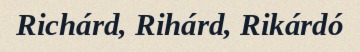
Richárd, Rihárd, Rikárdó